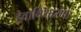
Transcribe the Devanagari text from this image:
हेवाविथारणा